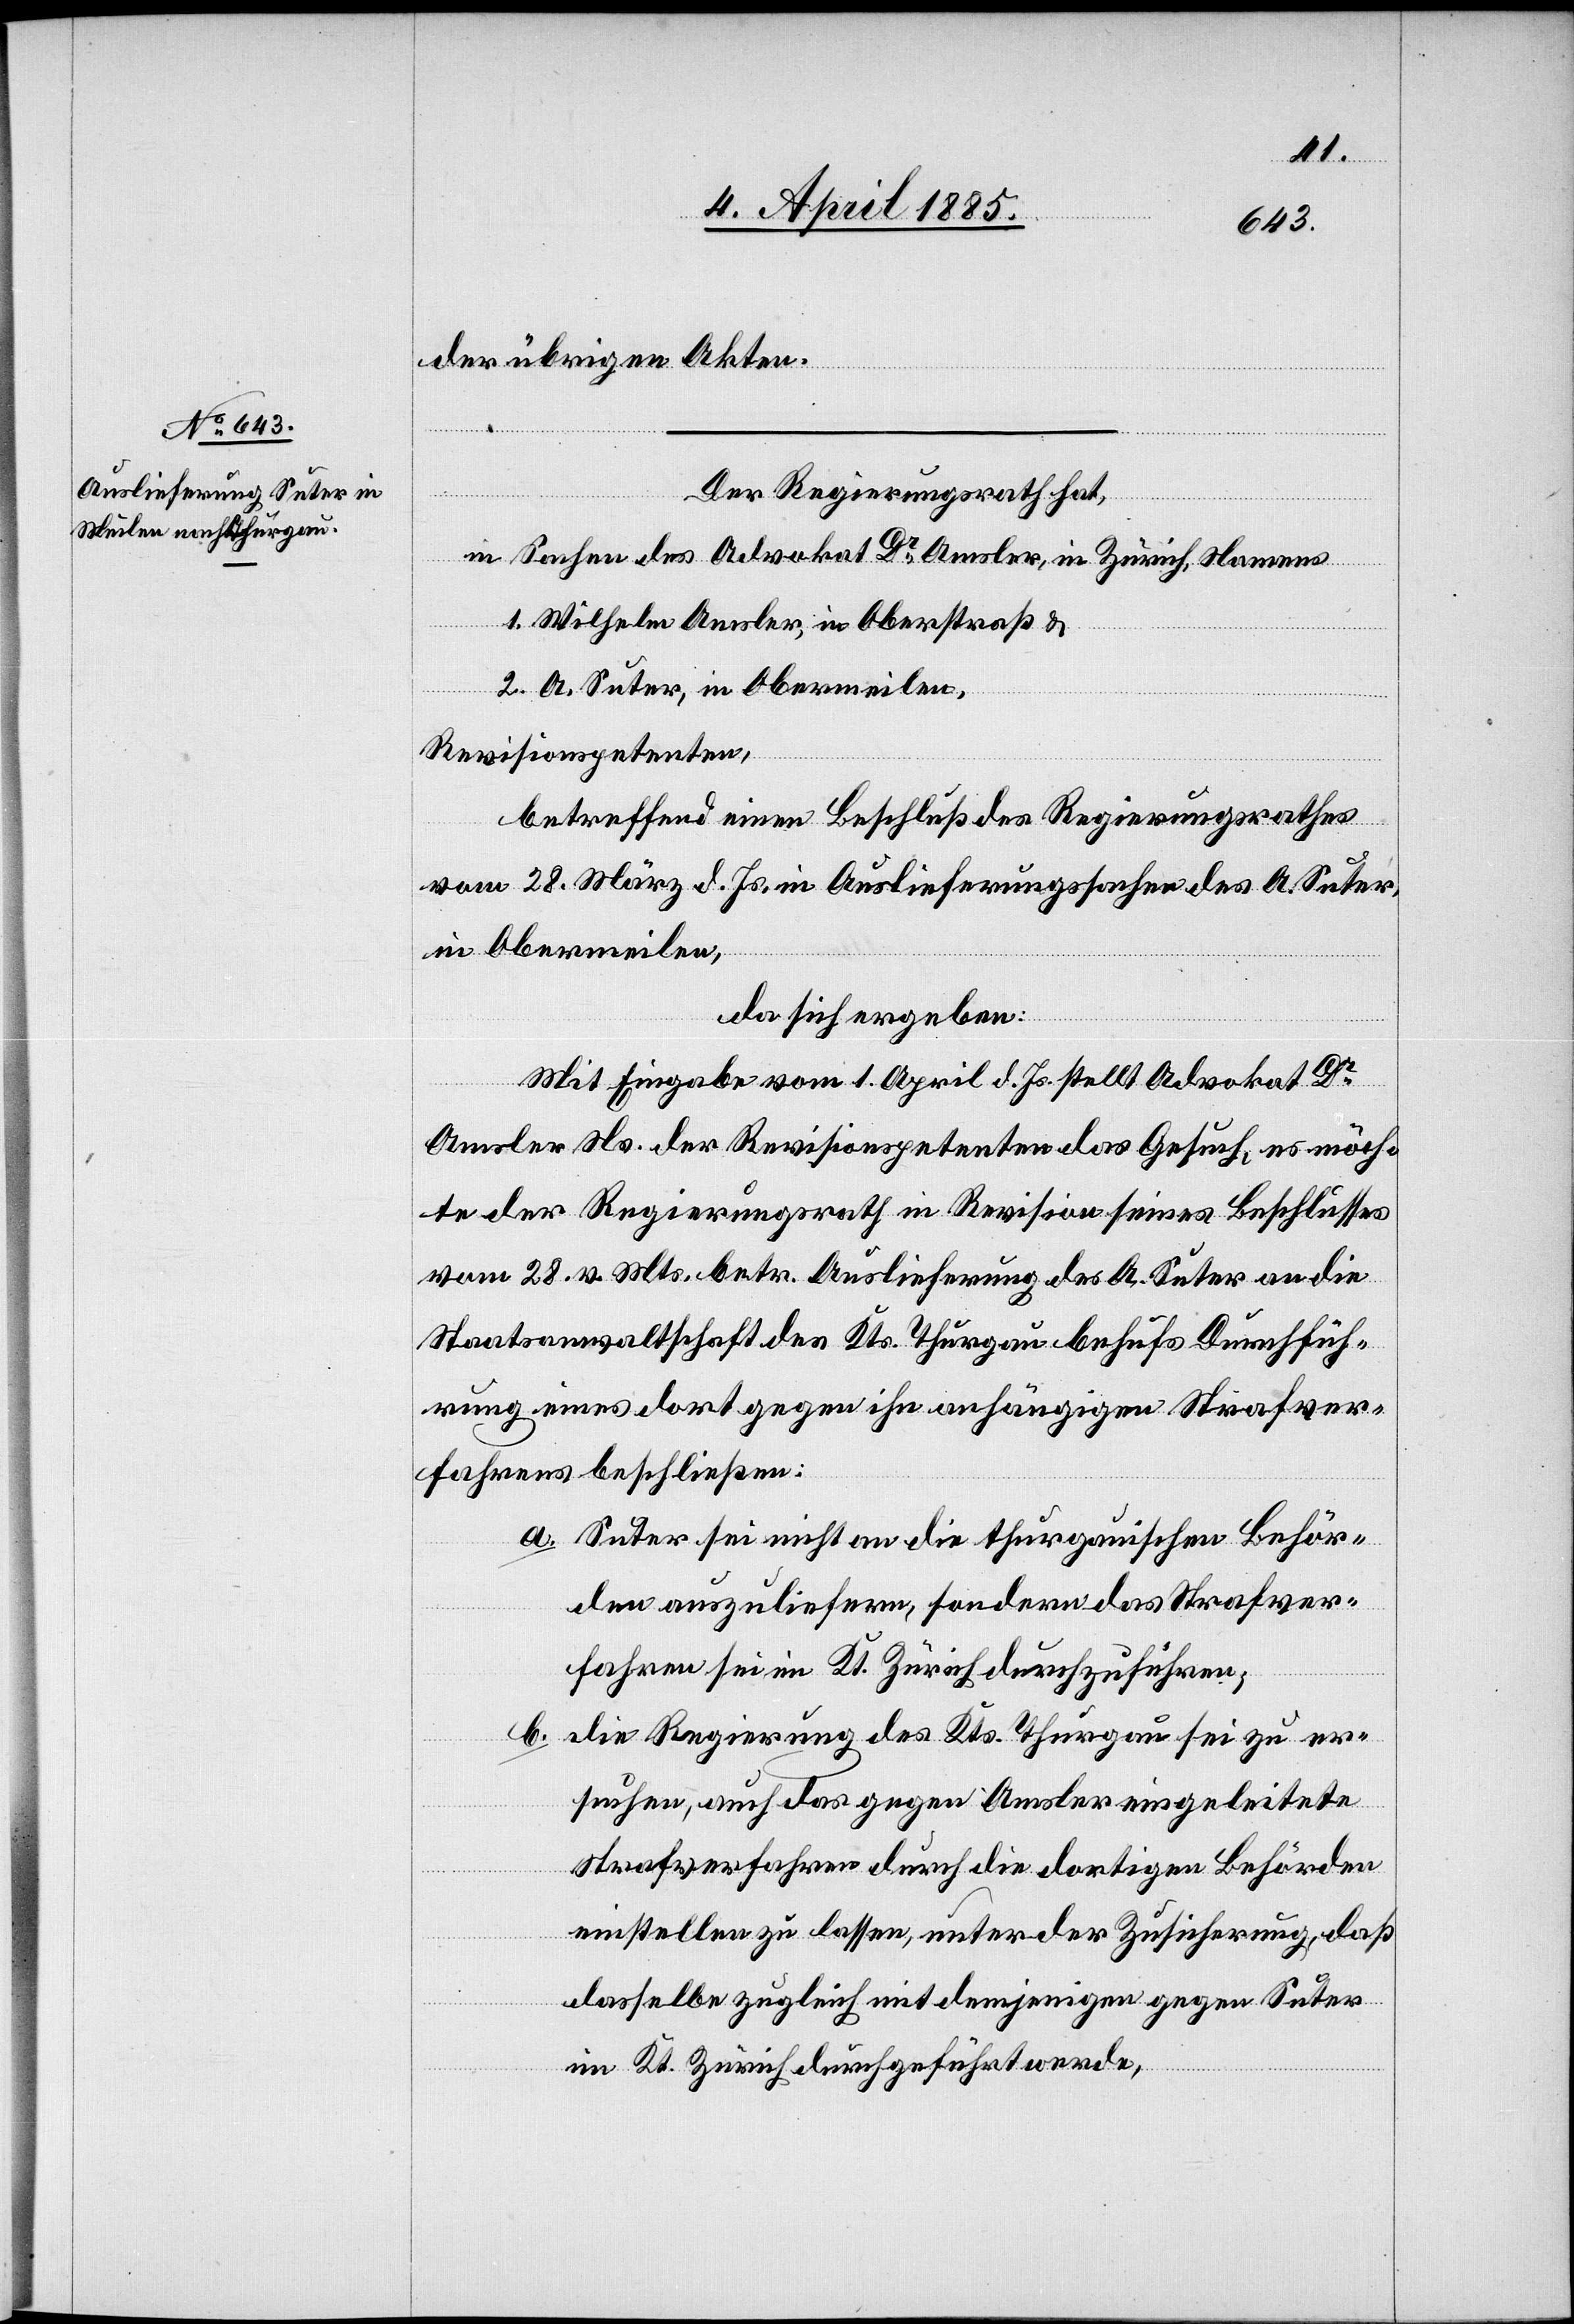
der übrigen Akten.
Der Regierungsrath hat,
in Sachen des Advokat Dr Amsler in Zürich, Namens
1. Wilhelm Amsler, in Oberstraß &
2. A. Suter, in Obermeilen,
Revisionspetenten,
betreffend einen Beschluß des Regierungsrathes
vom 28. März d. Js. in Auslieferungssachen des A. Suter,
in Obermeilen,
da sich ergeben:
Mit Eingabe vom 1. April d. Js stellt Advokat Dr
Amsler Ns. der Revisionspetenten das Gesuch, es möch¬
te der Regierungsrath in Revision seines Beschlusses
vom 28. v. Mts. betr. Auslieferung des A. Suter an die
Staatsanwaltschaft des Kts. Thurgau behufs Durchfüh¬
rung eines dort gegen ihn anhängigen Strafver¬
fahrens beschließen:
a. Suter sei nicht an die thurgauischen Behör¬
den auszuliefern, sondern das Strafver¬
fahren sei im Kt. Zürich durchzuführen;
b.
Die Regierung des Kts. Thurgau sei zu er¬
suchen, auch das gegen Amsler eingeleitete
Strafverfahren durch die dortigen Behörden
einstellen zu lassen, unter der Zusicherung, daß
dasselbe zugleich mit demjenigen gegen Suter
im Kt. Zürich durchgeführt werde,